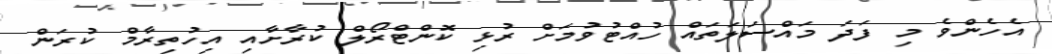
އެހެންވެ މި ފަދަ މައްސަލަތައް ހުއްޓުވުމަށް ރުޅި ކޮންޓްރޯލް ކުރާށާއި އިހުތިރާމް ކުރަން